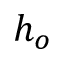
h _ { o }